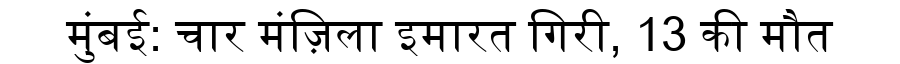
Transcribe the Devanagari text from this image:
मुंबई: चार मंज़िला इमारत गिरी, 13 की मौत